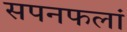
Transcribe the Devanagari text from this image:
सपनफलां